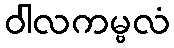
ဝါလကမ္ဗလံ